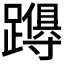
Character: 𮜚